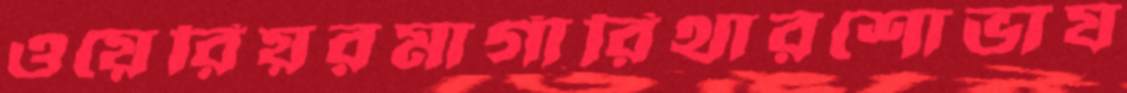
ওয়েরিয়রমার্গারিথারশোভায